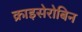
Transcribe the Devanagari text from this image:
क्राइसेरोबिन